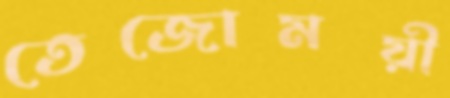
তেজোময়ী